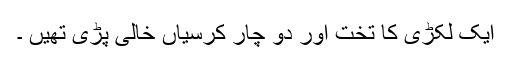
ایک لکڑی کا تخت اور دو چار کرسیاں خالی پڑی تھیں ۔